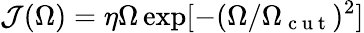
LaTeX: \mathcal{J}(\Omega)=\eta\Omega\exp[-(\Omega/\Omega_{\mathrm{~c~u~t~}})^{2}]